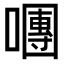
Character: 𡁴